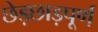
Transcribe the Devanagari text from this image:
छेड़छाड़पूर्ण